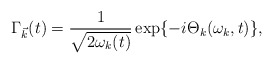
\begin{align*}{\Gamma}_{\vec{k}}(t) = \frac{1}{\sqrt{2{\omega}_k(t)}}\exp\{ -i{\Theta}_k({\omega}_k,t) \},\end{align*}